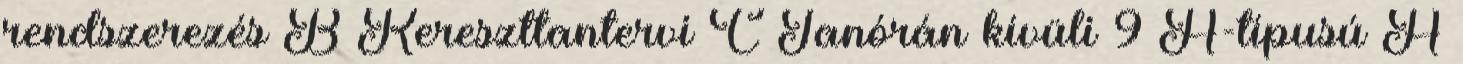
rendszerezés B Kereszttantervi C Tanórán kívüli 9 A-típusú A